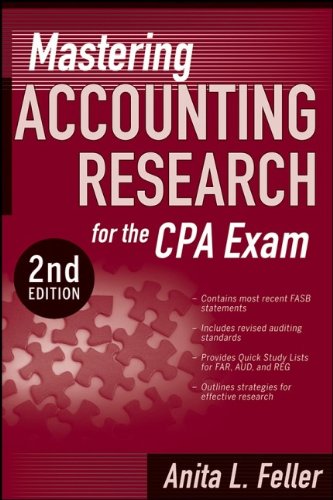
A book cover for Mastering Accounting Research for the CPA Exam; Anita L. Feller; Test Preparation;